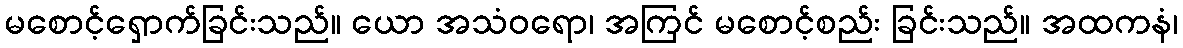
မစောင့်ရှောက်ခြင်းသည်။ ယော အသံဝရော၊ အကြင် မစောင့်စည်း ခြင်းသည်။ အထကနံ၊